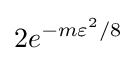
2e^{-m\varepsilon ^{2}/8}